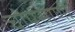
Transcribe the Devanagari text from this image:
चोपसाणी